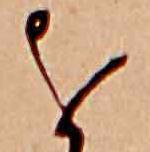
を